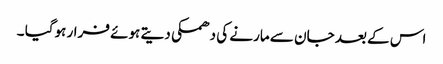
اس کے بعد جان سے مارنے کی دھمکی دیتے ہوئے فرار ہوگیا ۔